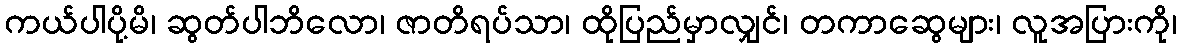
ကယ်ပါပို့မိ၊ ဆွတ်ပါဘိလော၊ ဇာတိရပ်သာ၊ ထိုပြည်မှာလျှင်၊ တကာဆွေများ၊ လူအပြားကို၊